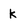
Character: k